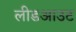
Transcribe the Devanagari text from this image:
लीडआउट